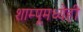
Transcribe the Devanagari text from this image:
शाम्पूमध्येही